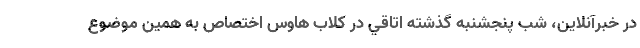
در خبرآنلاين، شب پنجشنبه گذشته اتاقي در كلاب هاوس اختصاص به همين موضوع